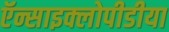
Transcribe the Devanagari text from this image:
ऍन्साइक्लोपीडीया